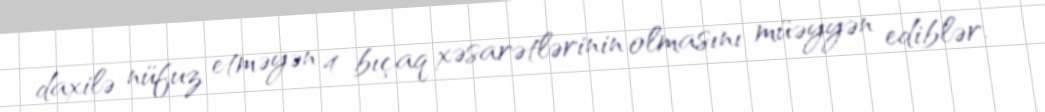
daxilə nüfuz etməyən 4 bıçaq xəsarətlərinin olmasını müəyyən ediblər.